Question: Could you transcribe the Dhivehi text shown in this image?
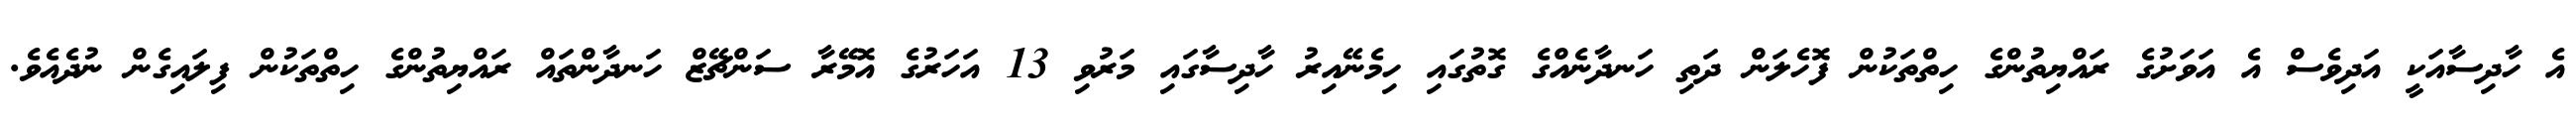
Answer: އެ ހާދިސާއަކީ އަދިވެސް އެ އަވަށުގެ ރައްޔިތުންގެ ހިތްތަކުން ފޮހެލަން ދަތި ހަނދާނެއްގެ ގޮތުގައި ހިމެނޭއިރު ހާދިސާގައި މަރުވި 13 އަހަރުގެ އޮމޭރާ ސަންޗޭޒް ހަނދާންތައް ރައްޔިތުންގެ ހިތްތަކުން ފިލައިގެން ނުދެއެވެ.